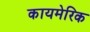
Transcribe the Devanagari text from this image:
कायमेरिक